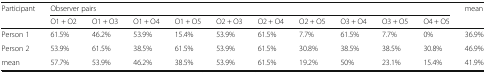
<table><thead><tr><td rowspan="2"><b>Participant</b></td><td colspan="10"><b>Observer pairs</b></td><td rowspan="2"><b>mean</b></td></tr><tr><td><b>O1 + O2</b></td><td><b>O1 + O3</b></td><td><b>O1 + O4</b></td><td><b>O1 + O5</b></td><td><b>O2 + O3</b></td><td><b>O2 + O4</b></td><td><b>O2 + O5</b></td><td><b>O3 + O4</b></td><td><b>O3 + O5</b></td><td><b>O4 + O5</b></td></tr></thead><tbody><tr><td>Person 1</td><td>61.5%</td><td>46.2%</td><td>53.9%</td><td>15.4%</td><td>53.9%</td><td>61.5%</td><td>7.7%</td><td>61.5%</td><td>7.7%</td><td>0%</td><td>36.9%</td></tr><tr><td>Person 2</td><td>53.9%</td><td>61.5%</td><td>38.5%</td><td>61.5%</td><td>53.9%</td><td>61.5%</td><td>30.8%</td><td>38.5%</td><td>38.5%</td><td>30.8%</td><td>46.9%</td></tr><tr><td>mean</td><td>57.7%</td><td>53.9%</td><td>46.2%</td><td>38.5%</td><td>53.9%</td><td>61.5%</td><td>19.2%</td><td>50%</td><td>23.1%</td><td>15.4%</td><td>41.9%</td></tr></tbody></table>